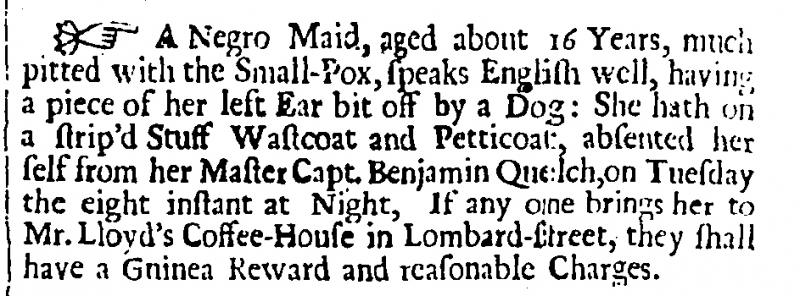
Flying Post or The Post Master, 12 December 1702 (England)
A Negro Maid, aged about 16 Years, much pitted with the Small-Pox, speaks English well, having a piece of her left Ear bit off by a Dog: She hath on a strip’d Stuff Wastcoat and Petticoat, absented herself from her Master Capt. Benjamin Quelch, on Tuesday the eight instant at Night, If any one brings her to Mr. Lloyd’s Coffee-House in Lombard-street, they shall have a Guinea Reward and reasonable Charges.